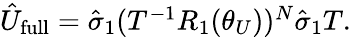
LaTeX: \begin{array}{r}{\hat{U}_{\mathrm{full}}=\hat{\sigma}_{1}(T^{-1}R_{1}(\theta_{U}))^{N}\hat{\sigma}_{1}T.}\end{array}